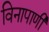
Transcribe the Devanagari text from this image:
विनापाणी